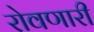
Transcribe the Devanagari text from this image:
रोवणारी